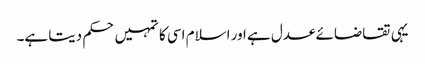
یہی تقاضائے عدل ہے اور اسلام اسی کا تمہیں حکم دیتا ہے۔